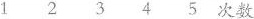
12345次数